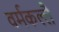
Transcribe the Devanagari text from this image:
वर्मकल्लै